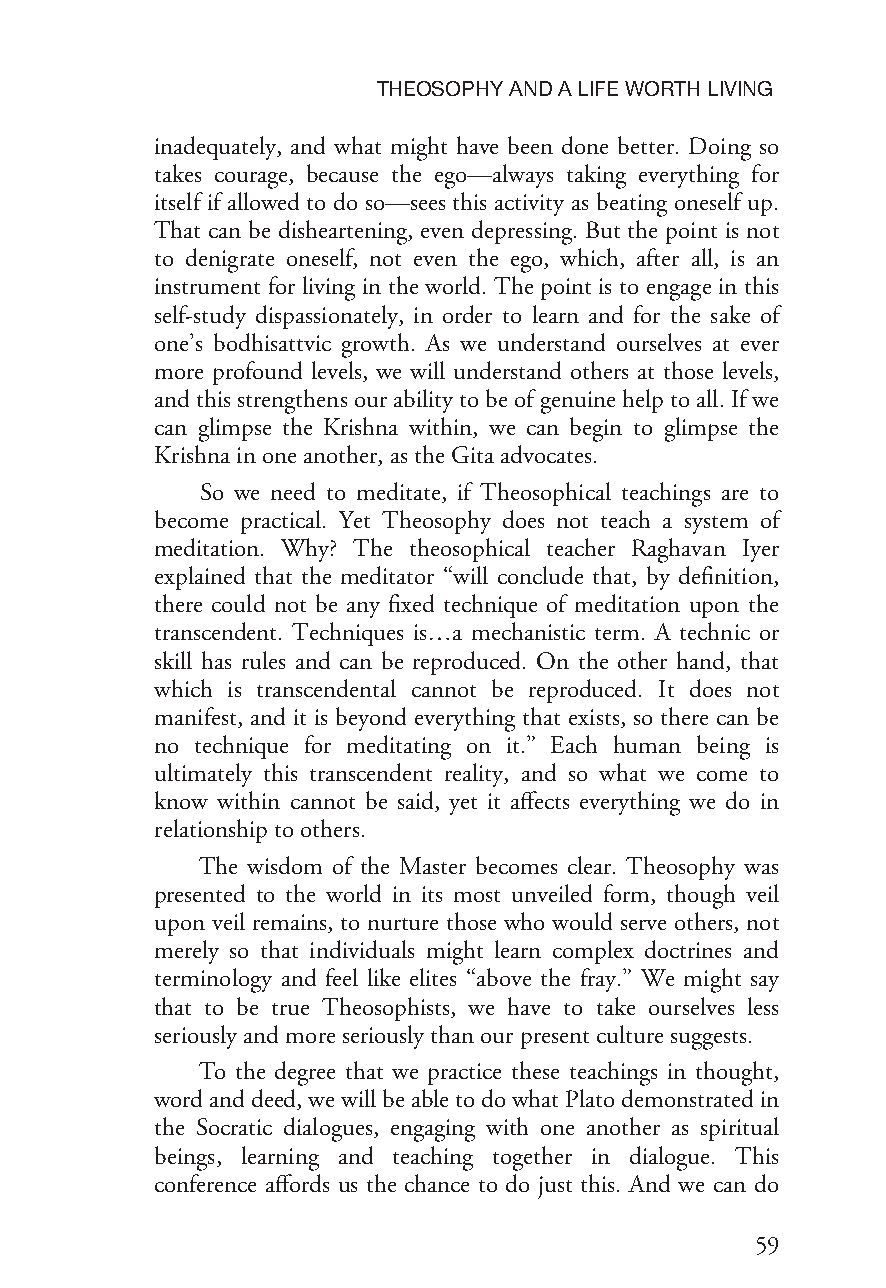
THEOSOPHYANDALIFEWORTHLIVING
 inadequately, and what might have been done better. Doing so
 takes courage, because the ego—always taking everything for
 itself if allowed to do so—sees this activity as beating oneself up.
 That can be disheartening, even depressing. But the point is not
 to denigrate oneself, not even the ego, which, after all, is an
 instrument for living in the world. The point is to engage in this
 self-study dispassionately, in order to learn and for the sake of
 one’s bodhisattvic growth. As we understand ourselves at ever
 more profound levels, we will understand others at those levels,
 andthisstrengthensourabilitytobeofgenuinehelptoall.Ifwe
 can glimpse the Krishna within, we can begin to glimpse the
 Krishnainoneanother,astheGitaadvocates.
 So we need to meditate, if Theosophical teachings are to
 become practical. Yet Theosophy does not teach a system of
 meditation. Why? The theosophical teacher Raghavan Iyer
 explained that the meditator “will conclude that, by definition,
 there could not be any fixed technique of meditation upon the
 transcendent. Techniques is…a mechanistic term. A technic or
 skill has rules and can be reproduced. On the other hand, that
 which is transcendental cannot be reproduced. It does not
 manifest, and it is beyond everything that exists, so there can be
 no technique for meditating on it.” Each human being is
 ultimately this transcendent reality, and so what we come to
 know within cannot be said, yet it affects everything we do in
 relationshiptoothers.
 The wisdom of the Master becomes clear. Theosophy was
 presented to the world in its most unveiled form, though veil
 upon veil remains, to nurture those who would serve others, not
 merely so that individuals might learn complex doctrines and
 terminology and feel like elites “above the fray.” We might say
 that to be true Theosophists, we have to take ourselves less
 seriouslyandmoreseriouslythanourpresentculturesuggests.
 To the degree that we practice these teachings in thought,
 wordanddeed,wewillbeabletodowhatPlatodemonstratedin
 the Socratic dialogues, engaging with one another as spiritual
 beings, learning and teaching together in dialogue. This
 conference affords us the chance to do just this. And we can do
 59